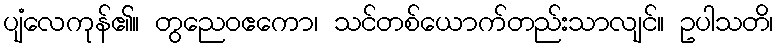
ပျံလေကုန်၏။ တွညေဝဧကော၊ သင်တစ်ယောက်တည်းသာလျင်။ ဥပါသတိ၊